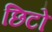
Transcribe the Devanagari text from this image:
छिटो